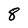
Character: 8